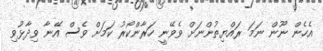
އެހެން ނޫން ނަމަ ރައްޔިތުންނަށް ވެވޭނީ ހަރާންކޯރު ކަމަށް ވެސް އޭނާ ވިދާޅުވި